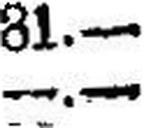
—.—